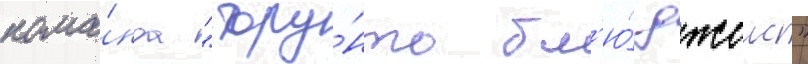
кома́нда "торо́нто бл'ю́ джеис"